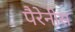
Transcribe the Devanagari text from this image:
पैरेनीस